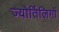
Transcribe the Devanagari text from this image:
ज्योर्तिलिगों